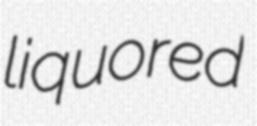
liquored